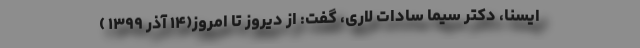
ایسنا، دکتر سیما سادات لاری، گفت: از دیروز تا امروز(۱۴ آذر ۱۳۹۹ )